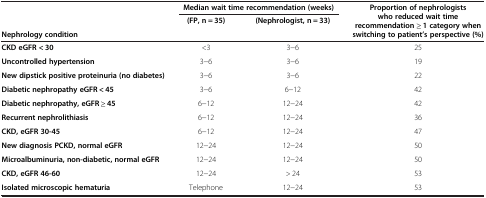
<table><thead><tr><td rowspan="2"><b>Nephrology condition</b></td><td colspan="2"><b>Median wait time recommendation (weeks)</b></td><td rowspan="2"><b>Proportion of nephrologists who reduced wait time recommendation ≥ 1 category when switching to patient’s perspective (%)</b></td></tr><tr><td><b>(FP, n = 35)</b></td><td><b>(Nephrologist, n = 33)</b></td></tr></thead><tbody><tr><td><b>CKD eGFR &lt; 30</b></td><td>&lt;3</td><td>3-6</td><td>25</td></tr><tr><td><b>Uncontrolled hypertension</b></td><td>3-6</td><td>3-6</td><td>19</td></tr><tr><td><b>New dipstick positive proteinuria (no diabetes)</b></td><td>3-6</td><td>3-6</td><td>22</td></tr><tr><td><b>Diabetic nephropathy eGFR &lt; 45</b></td><td>3-6</td><td>6-12</td><td>42</td></tr><tr><td><b>Diabetic nephropathy, eGFR ≥ 45</b></td><td>6-12</td><td>12-24</td><td>42</td></tr><tr><td><b>Recurrent nephrolithiasis</b></td><td>6-12</td><td>12-24</td><td>36</td></tr><tr><td><b>CKD, eGFR 30-45</b></td><td>6-12</td><td>12-24</td><td>47</td></tr><tr><td><b>New diagnosis PCKD, normal eGFR</b></td><td>12-24</td><td>12-24</td><td>50</td></tr><tr><td><b>Microalbuminuria, non-diabetic, normal eGFR</b></td><td>12-24</td><td>12-24</td><td>50</td></tr><tr><td><b>CKD, eGFR 46-60</b></td><td>12-24</td><td>&gt; 24</td><td>53</td></tr><tr><td><b>Isolated microscopic hematuria</b></td><td>Telephone</td><td>12-24</td><td>53</td></tr></tbody></table>